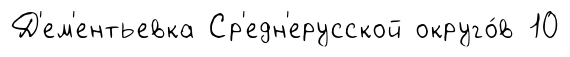
Д'ем'ентьевка Ср'едн'ерусской округо́в 10